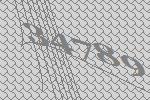
34789